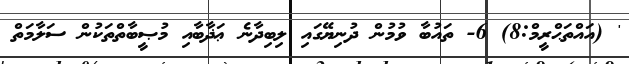
' (އައްތަޙްރީމް:8) 6- ތައުބާ ވުމުން ދުނިޔޭގައި ލިބިދާނެ ޢަޛާބާއި މުޞީބާތްތަކުން ސަލާމަތް